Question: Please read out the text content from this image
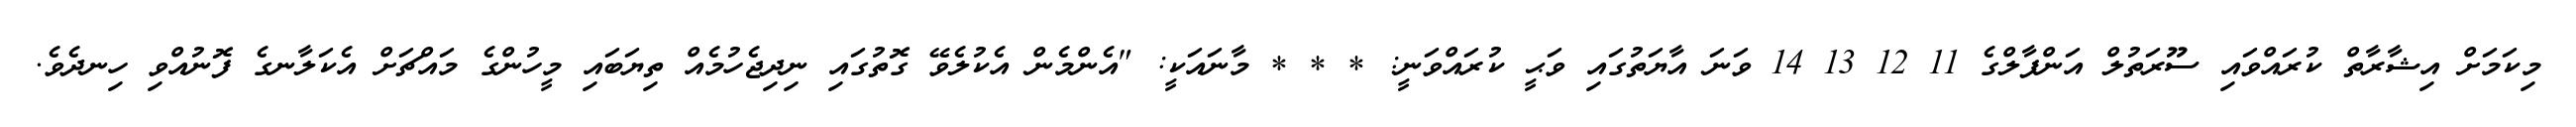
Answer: މިކަމަށް އިޝާރާތް ކުރައްވައި ސޫރަތުލް އަންފާލްގެ 11 12 13 14 ވަނަ އާޔަތުގައި ވަޙީ ކުރައްވަނީ: * * * މާނައަކީ: "އެންމެން އެކުލެވޭ ގޮތުގައި ނިދިޖެހުމެއް ތިޔަބައި މީހުންގެ މައްޗަށް އެކަލާނގެ ފޮނުއްވި ހިނދެވެ.